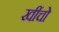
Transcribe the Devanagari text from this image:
खींचो